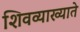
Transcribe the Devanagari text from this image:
शिवव्याख्याते